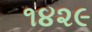
૧૪૨૯